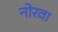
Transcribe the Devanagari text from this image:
नोरवा